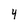
Character: 4